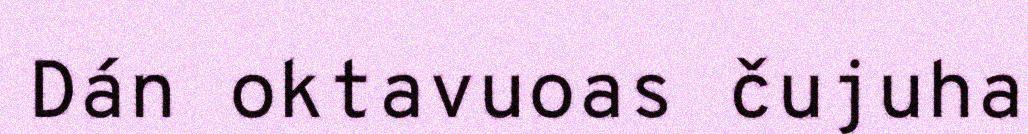
Dán oktavuoas čujuha